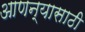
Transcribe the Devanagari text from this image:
आणन्यासाठी